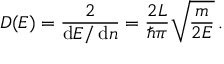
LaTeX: D ( E ) = { \frac { 2 } { \operatorname { d } \! E / \operatorname { d } \! n } } = { \frac { 2 L } { \hbar \pi } } { \sqrt { \frac { m } { 2 E } } } \, .